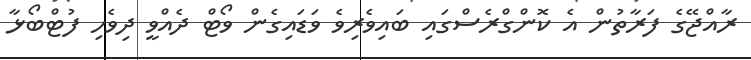
ރާއްޖޭގެ ފަރާތުން އެ ކޮންގްރެސްގައި ބައިވެރިވެ ވަޑައިގެން ވޯޓް ދެއްވީ ދިވެހި ފުޓްބޯޅާ